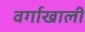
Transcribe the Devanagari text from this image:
वर्गाखाली